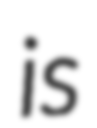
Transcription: is